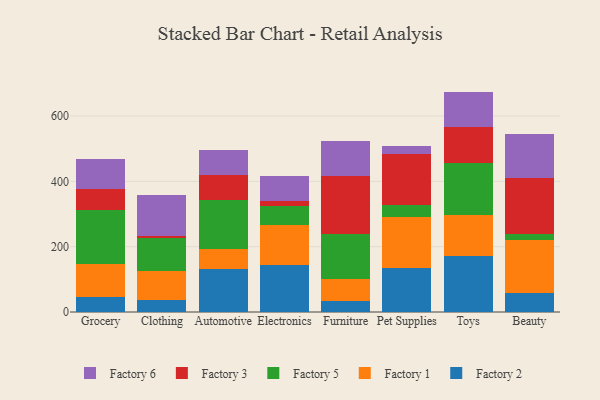
{"axis": {"x": "Category", "y": "Energy Usage (MWh)"}, "legend": ["Factory 1", "Factory 2", "Factory 3", "Factory 5", "Factory 6"], "data": [{"x": "Grocery", "y": 46.0, "type": "Factory 2"}, {"x": "Grocery", "y": 99.7, "type": "Factory 1"}, {"x": "Grocery", "y": 166.9, "type": "Factory 5"}, {"x": "Grocery", "y": 65.6, "type": "Factory 3"}, {"x": "Grocery", "y": 90.9, "type": "Factory 6"}, {"x": "Clothing", "y": 37.1, "type": "Factory 2"}, {"x": "Clothing", "y": 88.6, "type": "Factory 1"}, {"x": "Clothing", "y": 99.7, "type": "Factory 5"}, {"x": "Clothing", "y": 6.7, "type": "Factory 3"}, {"x": "Clothing", "y": 126.9, "type": "Factory 6"}, {"x": "Automotive", "y": 132.2, "type": "Factory 2"}, {"x": "Automotive", "y": 60.5, "type": "Factory 1"}, {"x": "Automotive", "y": 150.8, "type": "Factory 5"}, {"x": "Automotive", "y": 76.4, "type": "Factory 3"}, {"x": "Automotive", "y": 75.6, "type": "Factory 6"}, {"x": "Electronics", "y": 142.6, "type": "Factory 2"}, {"x": "Electronics", "y": 122.8, "type": "Factory 1"}, {"x": "Electronics", "y": 60.7, "type": "Factory 5"}, {"x": "Electronics", "y": 12.7, "type": "Factory 3"}, {"x": "Electronics", "y": 78.5, "type": "Factory 6"}, {"x": "Furniture", "y": 35.0, "type": "Factory 2"}, {"x": "Furniture", "y": 66.5, "type": "Factory 1"}, {"x": "Furniture", "y": 136.2, "type": "Factory 5"}, {"x": "Furniture", "y": 179.6, "type": "Factory 3"}, {"x": "Furniture", "y": 107.6, "type": "Factory 6"}, {"x": "Pet Supplies", "y": 135.3, "type": "Factory 2"}, {"x": "Pet Supplies", "y": 157.0, "type": "Factory 1"}, {"x": "Pet Supplies", "y": 35.6, "type": "Factory 5"}, {"x": "Pet Supplies", "y": 156.6, "type": "Factory 3"}, {"x": "Pet Supplies", "y": 24.9, "type": "Factory 6"}, {"x": "Toys", "y": 172.4, "type": "Factory 2"}, {"x": "Toys", "y": 125.2, "type": "Factory 1"}, {"x": "Toys", "y": 158.9, "type": "Factory 5"}, {"x": "Toys", "y": 108.9, "type": "Factory 3"}, {"x": "Toys", "y": 109.6, "type": "Factory 6"}, {"x": "Beauty", "y": 56.8, "type": "Factory 2"}, {"x": "Beauty", "y": 162.9, "type": "Factory 1"}, {"x": "Beauty", "y": 18.3, "type": "Factory 5"}, {"x": "Beauty", "y": 172.8, "type": "Factory 3"}, {"x": "Beauty", "y": 134.3, "type": "Factory 6"}]}